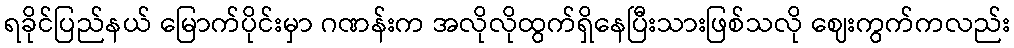
ရခိုင်ပြည်နယ် မြောက်ပိုင်းမှာ ဂဏန်းက အလိုလိုထွက်ရှိနေပြီးသားဖြစ်သလို ဈေးကွက်ကလည်း